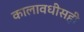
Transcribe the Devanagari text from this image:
कालावधीसही